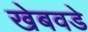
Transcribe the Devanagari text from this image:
खेबवडे